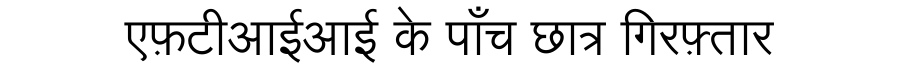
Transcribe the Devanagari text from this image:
एफ़टीआईआई के पाँच छात्र गिरफ़्तार